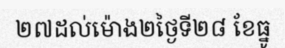
២៧ដល់ម៉ោង២ថ្ងៃទី២៨ ខែធ្នូ